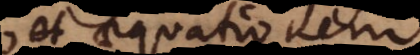
et aequationem